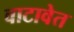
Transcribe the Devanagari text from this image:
वाटावेत